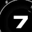
Digit: 7